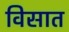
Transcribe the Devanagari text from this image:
विसात